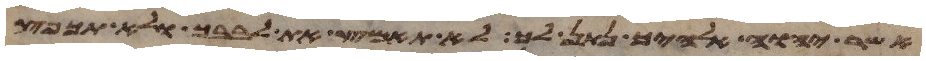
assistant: אשר יהוה אלהיך נתן לך לא תאמץ את לבבך ולא תכפץ